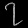
Digit: ၇